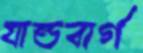
যান্ডবার্গ